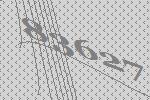
83627